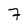
Character: 7